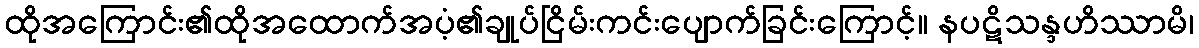
ထိုအကြောင်း၏ထိုအထောက်အပံ့၏ချုပ်ငြိမ်းကင်းပျောက်ခြင်းကြောင့်။ နပဋိသန္ဒဟိဿာမိ၊